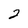
Character: 2